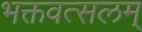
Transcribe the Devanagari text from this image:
भक्तवत्सलम्